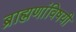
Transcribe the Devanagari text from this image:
ब्राह्मणांविषयी